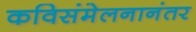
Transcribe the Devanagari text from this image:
कविसंमेलनानंतर